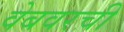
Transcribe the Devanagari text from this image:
वेबवरची